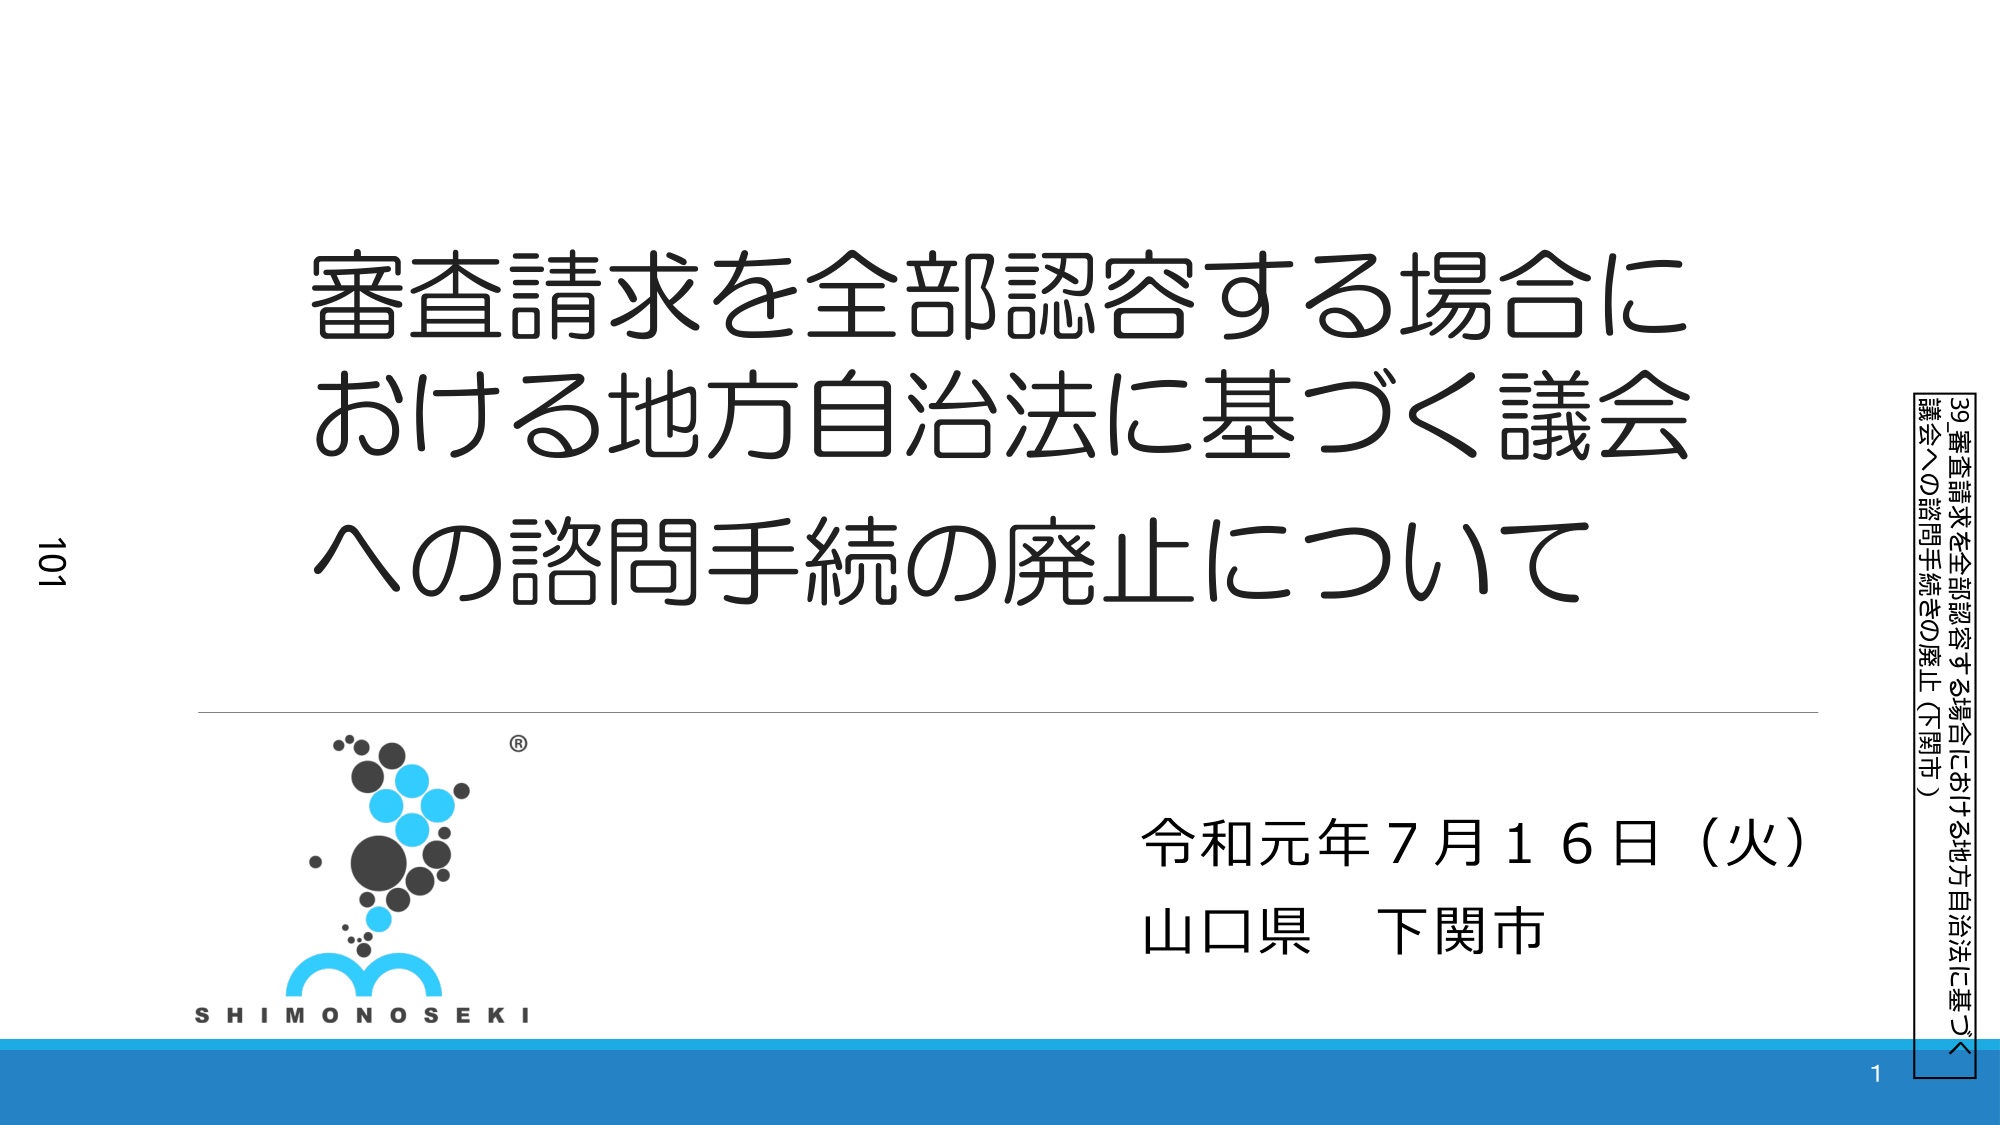
審査請求を全部認容する場合に
おける地方自治法に基づく議会
への諮問手続の廃止について

令和元年７月１６日（火）
山口県 下関市

SHIMONOSEKI

101

39. 審査請求を全部認容する場合における地方自治法に基づく
議会への諮問手続きの廃止（下関市）

1